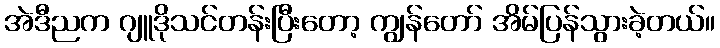
အဲဒီညက ဂျူဒိုသင်တန်းပြီးတော့ ကျွန်တော် အိမ်ပြန်သွားခဲ့တယ်။